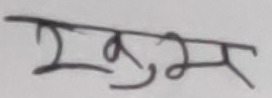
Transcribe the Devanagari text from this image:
खुभ